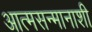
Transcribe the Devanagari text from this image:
आत्मसन्मानाशी